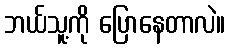
ဘယ်သူ့ကို ပြောနေတာလဲ။